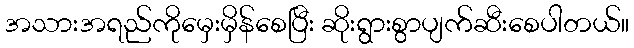
အသားအရည်ကိုမှေးမှိန်စေပြီး ဆိုးရွားစွာပျက်ဆီးစေပါတယ်။